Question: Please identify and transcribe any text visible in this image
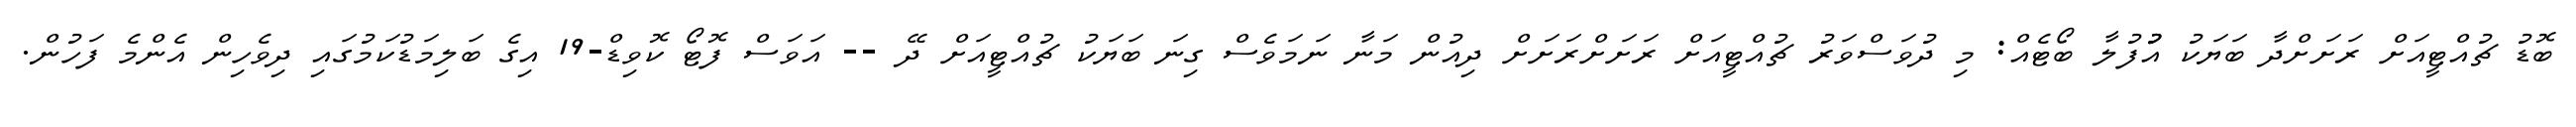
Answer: ބޮޑު ޗުއްޓީއަށް ރަށަށްދާ ބަޔަކު އުުުފުލާ ބޯޓެއް: މި ދުވަސްވަރު ޗުއްޓީއަށް ރަށަށްރަށަށް ދިއުން މަނާ ނަމަވެސް ގިނަ ބަޔަކު ޗުއްޓީއަށް ދޭ -- އަވަސް ފޮޓޯ ކޮވިޑް-19 އިގެ ބަލިމަޑުކަމުގައި ދިވެހިން އެންމެ ފަހުން.